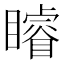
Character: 𥌑